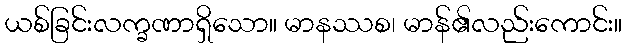
ယစ်ခြင်းလက္ခဏာရှိသော။ မာနဿစ၊ မာန်၏လည်းကောင်း။